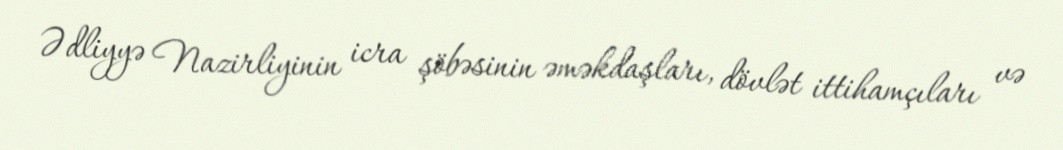
Ədliyyə Nazirliyinin icra şöbəsinin əməkdaşları, dövlət ittihamçıları və